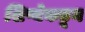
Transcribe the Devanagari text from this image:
शिष्येकडून